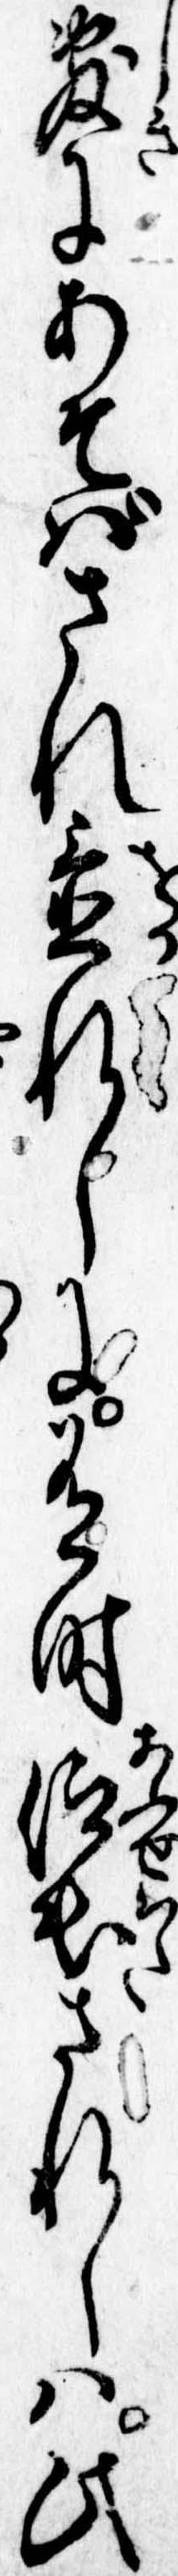
敷にあそばされ置れしに有時仰出されしは此